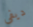
ديفي